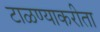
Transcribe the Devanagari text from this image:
टाळण्याकरीता